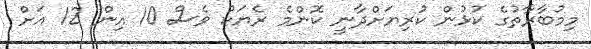
މިމުބާރާތުގެ ކުޅުން ކުރިޔަށްދާނީ ކޮންމެ ރެޔަކު ވެސް 10 އިން 12 އަށް